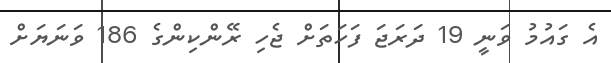
އެ ގައުމު ވަނީ 19 ދަރަޖަ ފަހަތަށް ޖެހި ރޭންކިންގެ 186 ވަނަޔަށް